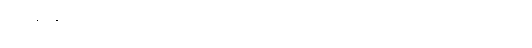
အားနဲနေတဲ့အထဲက ဘယ်လိုလုပ်ပြီး ရထားတဲ့စာတွေ မမေ့အောင် ကြိုးစားသလဲ။